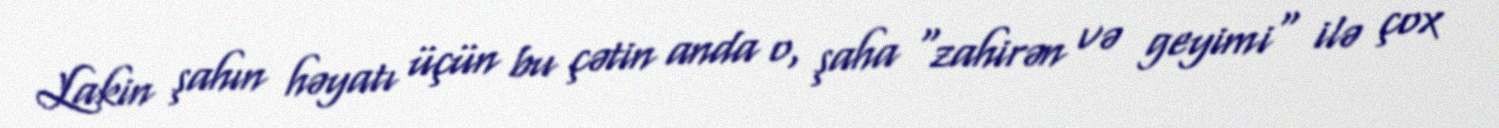
Lakin şahın həyatı üçün bu çətin anda o, şaha "zahirən və geyimi" ilə çox